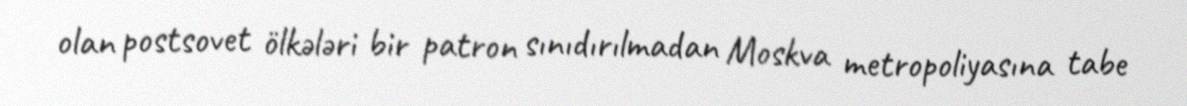
olan postsovet ölkələri bir patron sınıdırılmadan Moskva metropoliyasına tabe